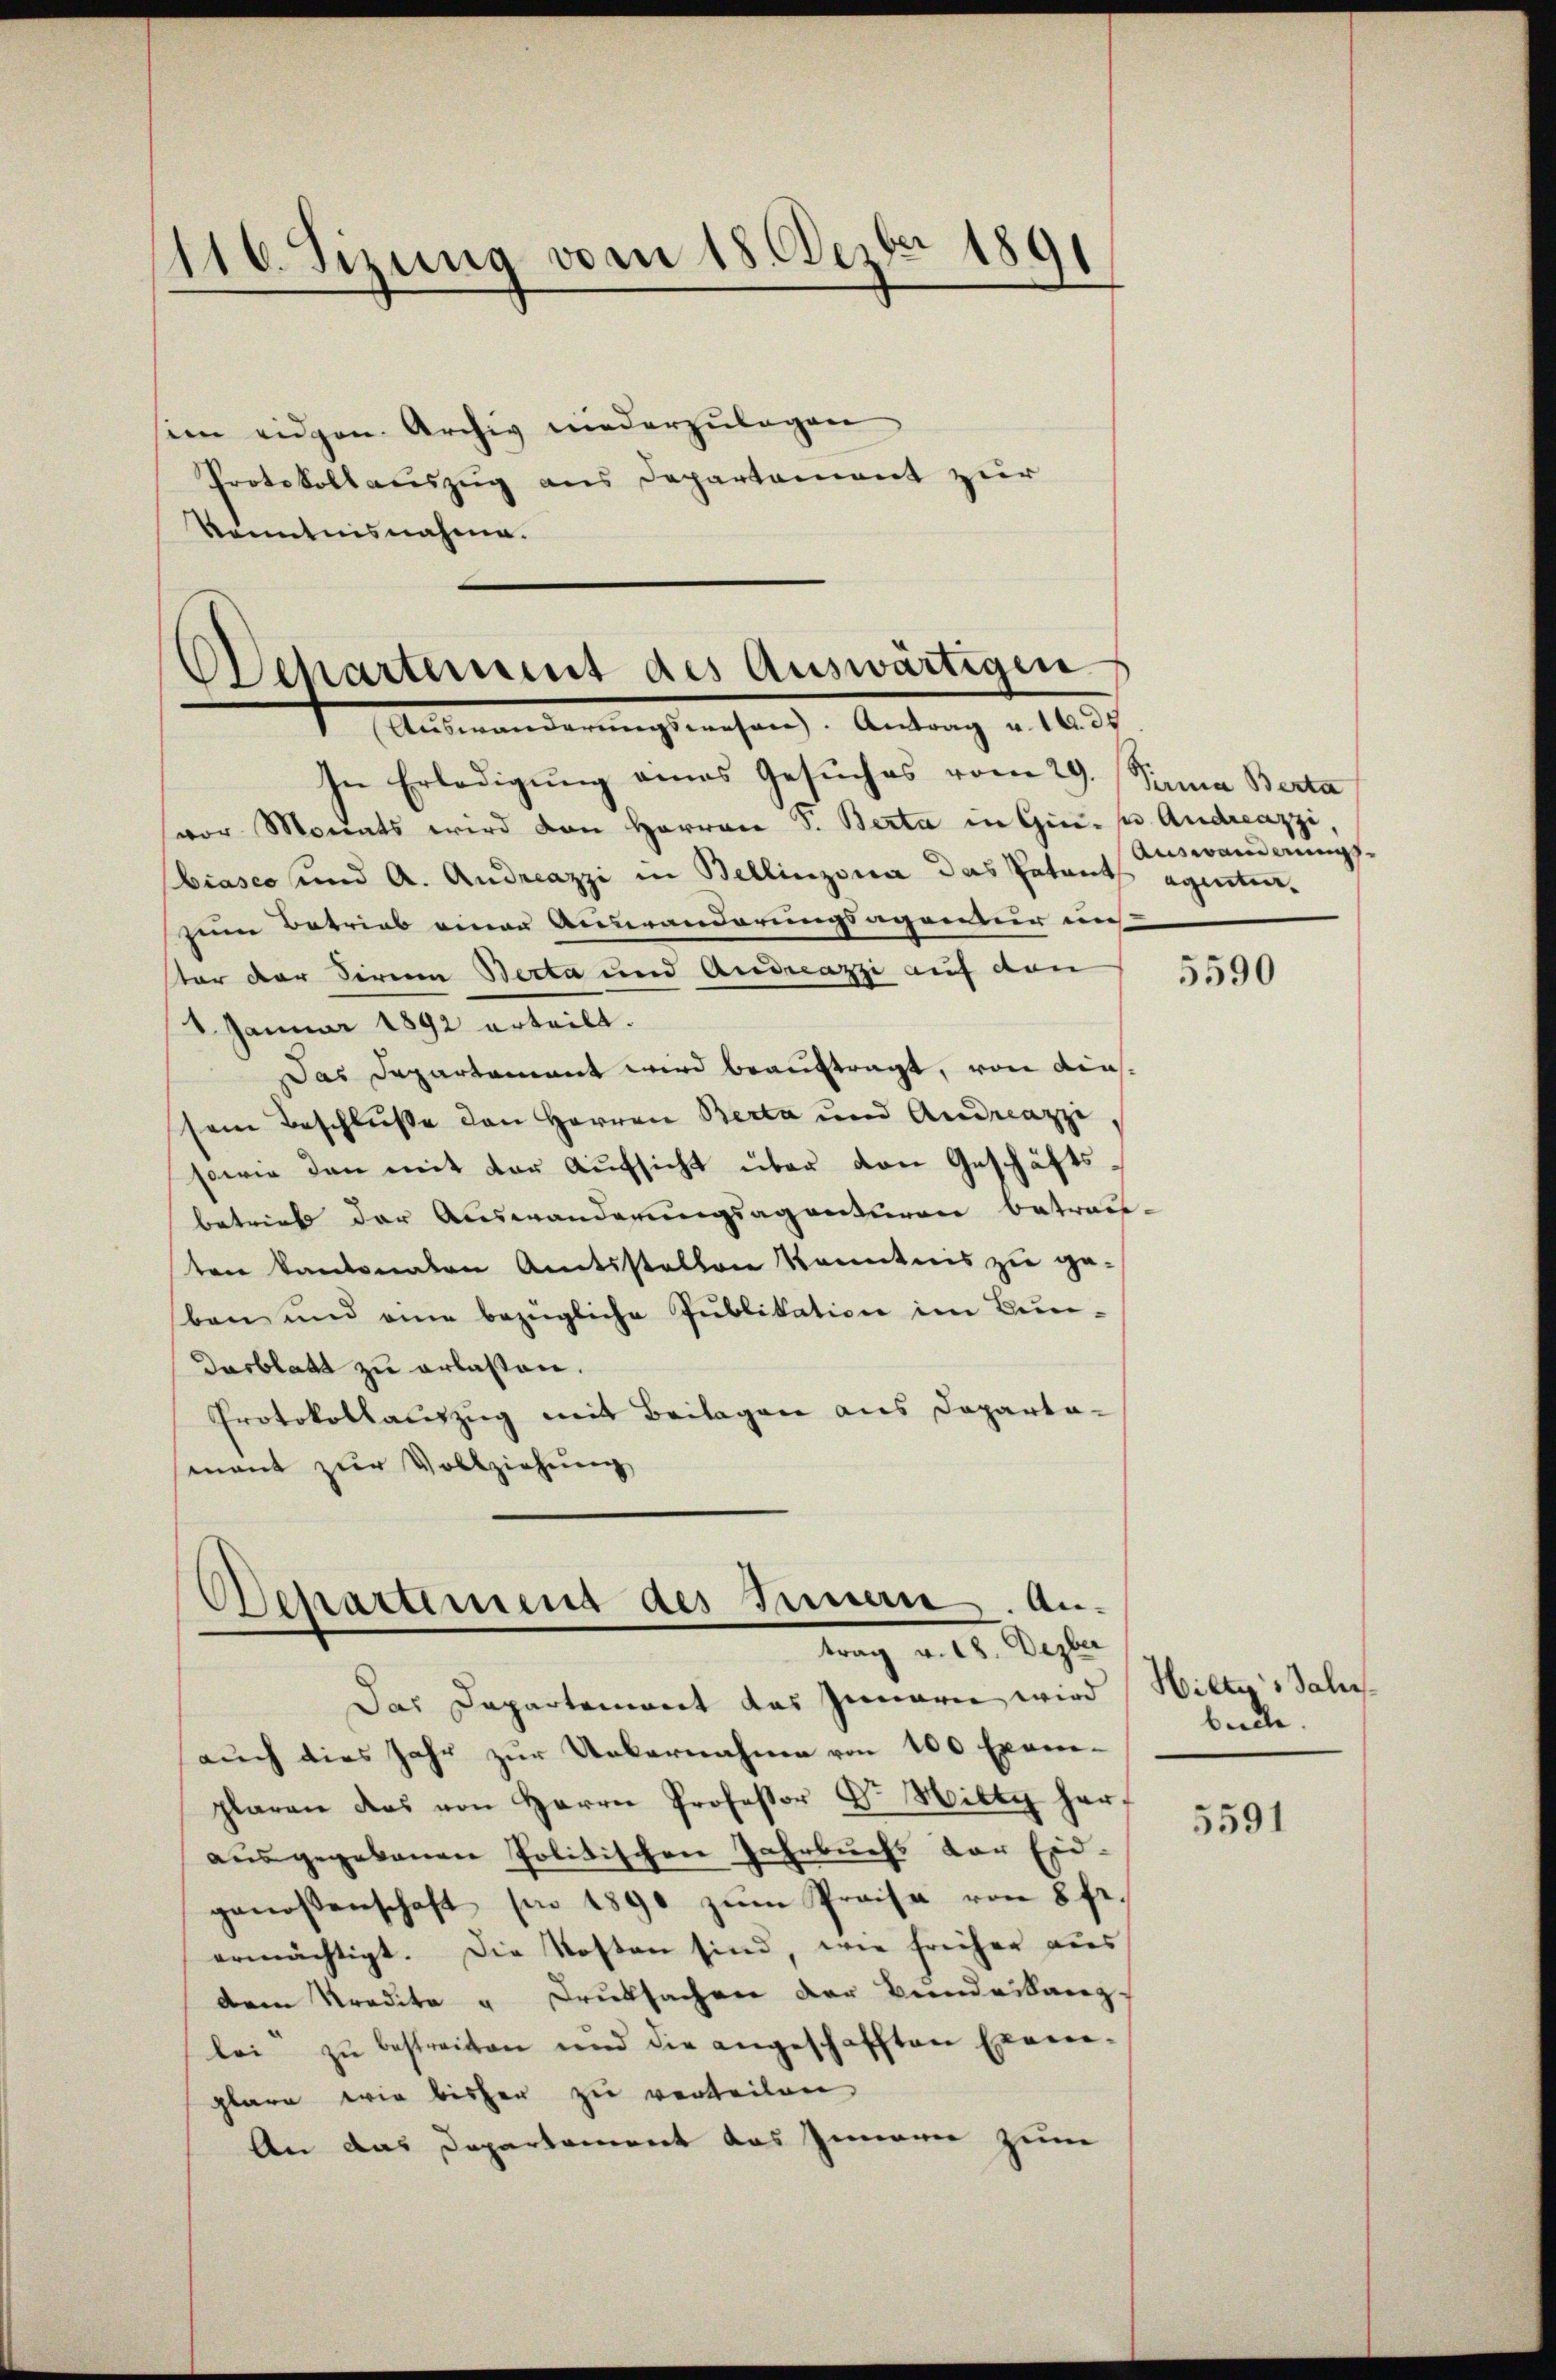
116. Sizung vom 18. Dezbr 1891

im eidgen. Archiv niederzulagen
Protokollauszug aus Departement zur
Kenntnisnahme.

Ochartement des Auswärtigen
 Aŭswanderŭngswesen. Antrag u. 16. ds

In Erledigung eines Gesuches vom 29. Sania Berta
vor Monats wird den Herren S. Berta in Gin- u. Andreazzi
biasco und A. Andreazzi in Bellinzona das Patent aginitia.
zum Betrieb einer Auswanderungsagentur in
ster der diren Berta und Andreazzi auf den
1 Januar 1892 erteilt.
Das Departement wird beauftragt, von diessem Beschluße den Herren Berta und Andreazzi,
sowie dan mit der Aufsicht über den Geschäftsbetrieb der Auswanderungsagenturen betrau-
ten kantonalen Amtsstellen Kenntnis zu geben und eine bezügliche Publikation im Bun-
Dasblatt zu erlassen.
Protokollauszug mit Beilagen aus Departa-
mant zŭr Vollziehŭng

Separtement des Innen. Antrag v. 18. Dezber

Das Departement des Innern wird
auch dies Jahr zur Uebernahme von 100 Exem-
plaren das von Herrn Professor Dr. Hilty her
ausgegebenen Politischen Jahrbuchs der Ein-
genossenschaft pro 1890 zum Preise von 8 Fr.
ermächtigt. Die Kosten sind, wie früher aus
dem Kredite u Druksachen der Bundeskanzlei zŭ bestreiten und die angeschafften Exem-
plare wir bisher zu verteilen,
An das Departement das Innern zum

Auswanderungs

5590

Hiltys Salis
bielle.

5591